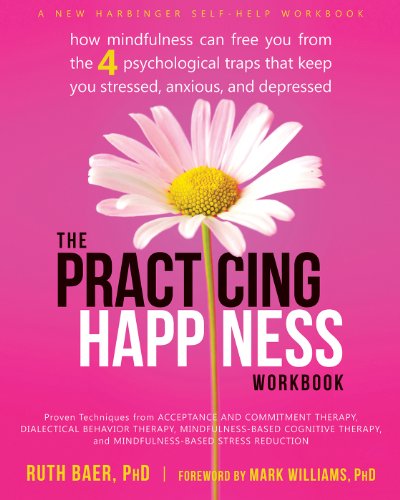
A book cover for The Practicing Happiness Workbook: How Mindfulness Can Free You from the Four Psychological Traps That Keep You Stressed, Anxious, and Depressed; Ruth Baer PhD; Self-Help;